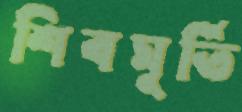
শিবমূর্তি